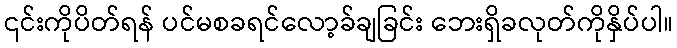
၎င်းကိုပိတ်ရန် ပင်မစခရင်လော့ခ်ချခြင်း ဘေးရှိခလုတ်ကိုနှိပ်ပါ။